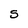
Character: S